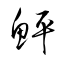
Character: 鮃